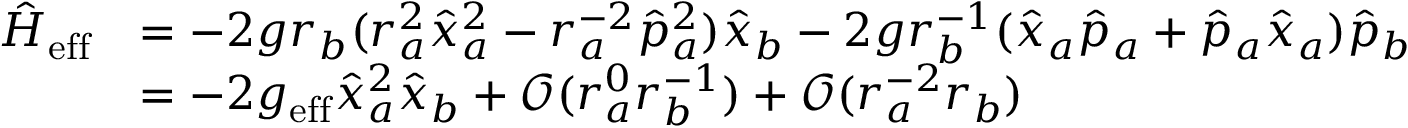
\begin{array} { r l } { \hat { H } _ { \mathrm { e f f } } } & { = - 2 g r _ { b } ( r _ { a } ^ { 2 } \hat { x } _ { a } ^ { 2 } - r _ { a } ^ { - 2 } \hat { p } _ { a } ^ { 2 } ) \hat { x } _ { b } - 2 g r _ { b } ^ { - 1 } ( \hat { x } _ { a } \hat { p } _ { a } + \hat { p } _ { a } \hat { x } _ { a } ) \hat { p } _ { b } } \\ & { = - 2 g _ { \mathrm { e f f } } \hat { x } _ { a } ^ { 2 } \hat { x } _ { b } + \mathcal { O } ( r _ { a } ^ { 0 } r _ { b } ^ { - 1 } ) + \mathcal { O } ( r _ { a } ^ { - 2 } r _ { b } ) } \end{array}